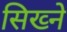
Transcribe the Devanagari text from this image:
सिख्ने